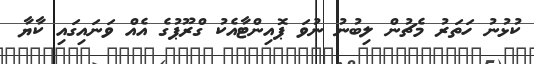
ކުޅުނު ހަތަރު މެޗުން ލިބުނު ނުވަ ޕޮއިންޓާއެކު ގްރޫޕުގެ އެއް ވަނައިގައި ކާޔާ